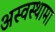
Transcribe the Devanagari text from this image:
अस्वस्थामा